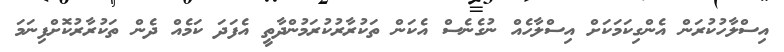
އިސްލާހުކުރަން އެންގިކަމަކަށް އިސްލާހެއް ނުގެނެސް އެކަން ތަކުރާރުކުރަމުންދާތީ އެފަދަ ކަމެއް ދެން ތަކުރާރުކޮށްފިނަމަ